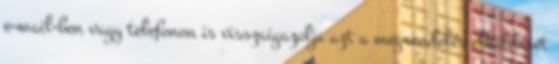
e-mail-ben vagy telefonon is visszaigazolja azt a megrendelés elküldését